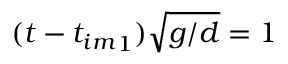
( t - { t _ { i m } } _ { 1 } ) \sqrt { g / d } = 1